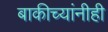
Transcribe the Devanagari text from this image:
बाकीच्यांनीही